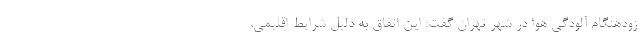
زودهنگام آلودگی هوا در شهر تهران گفت: این اتفاق به دلیل شرایط اقلیمی،